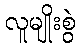
လူမျိုးစွဲ